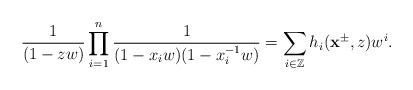
\begin{align*}\frac{1}{(1-zw)}\prod^n_{i=1}\frac{1}{(1-x_iw)(1-x^{-1}_iw)}=\sum_{i\in \mathbb{Z}}h_i(\mathbf{x}^{\pm},z)w^i.\end{align*}